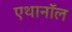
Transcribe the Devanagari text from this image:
एथानॉल